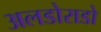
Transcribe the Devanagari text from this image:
अलडोराडो